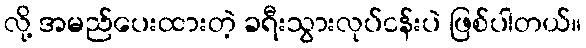
လို့ အမည်ပေးထားတဲ့ ခရီးသွားလုပ်ငန်းပဲ ဖြစ်ပါတယ်။